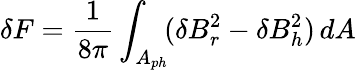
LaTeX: \delta F=\frac{1}{8\pi}\int_{A_{ph}}\! (\delta B_{r}^{2}-\delta B_{h}^{2})\, dA